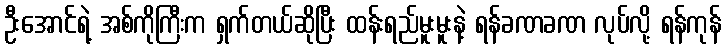
ဦးအောင်ရဲ့ အစ်ကိုကြီးက ရှက်တယ်ဆိုပြီး ထန်းရည်မူးမူးနဲ့ ရန်ခဏခဏ လုပ်လို့ ရန်ကုန်